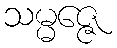
သမ္မဇ္ဇေ